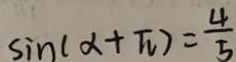
\sin ( \alpha + \pi ) = \frac { 4 } { 5 }